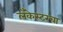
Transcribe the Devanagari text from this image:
लँकेस्टरचा